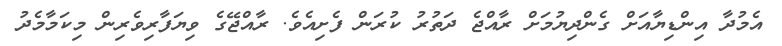
އެމުދާ އިންޑިޔާއަށް ގެންދިޔުމަށް ރާއްޖެ ދަތުރު ކުރަން ފެށިއެވެ. ރާއްޖޭގެ ވިޔަފާރިވެރިން މިކަމާމެދު